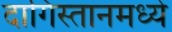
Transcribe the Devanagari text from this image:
दागिस्तानमध्ये